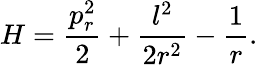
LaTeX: H={\frac{p_{r}^{2}}{2}}+{\frac{l^{2}}{2r^{2}}}-{\frac{1}{r}}.